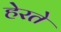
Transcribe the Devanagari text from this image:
हेरते